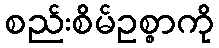
စည်းစိမ်ဥစ္စာကို